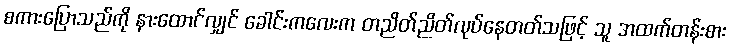
စကားပြောသည်ကို နားထောင်လျှင် ခေါင်းကလေးက တညိတ်ညိတ်လုပ်နေတတ်သဖြင့် သူ အထက်တန်းစား